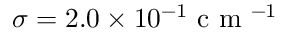
\sigma = 2 . 0 \times 1 0 ^ { - 1 } \mathrm { ~ c ~ m ~ } ^ { - 1 }